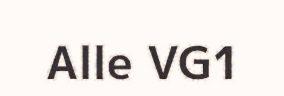
Alle VG1